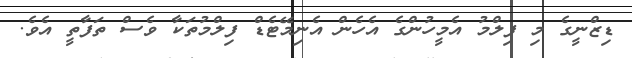
ޑިޒްނީގެ މި ފިލްމު އެމީހުންގެ އެހެން އެނިމޭޓެޑް ފިލްމުތަކާ ވެސް ތަފާތީ އެވެ.